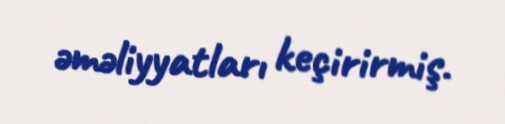
əməliyyatları keçirirmiş.